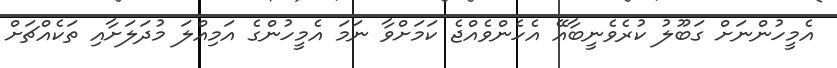
އެމީހުންނަށް ގަބޫލު ކުރެވެނީބާއޭ އެހެންވެއްޖެ ކަމަށްވާ ނަމަ އެމީހުންގެ އަމިއްލަ މުދަލަށާއި ތަކެއްޗަށް